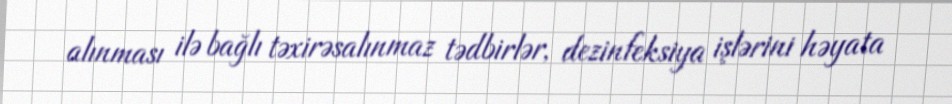
alınması ilə bağlı təxirəsalınmaz tədbirlər, dezinfeksiya işlərini həyata